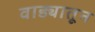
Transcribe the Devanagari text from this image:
वाड्यातून